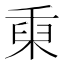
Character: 𥟅